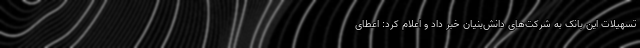
تسهیلات این بانک به شرکت‌های دانش‌بنیان خبر داد و اعلام کرد: اعطای